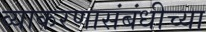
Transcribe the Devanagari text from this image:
व्याकरणासंबंधीच्या